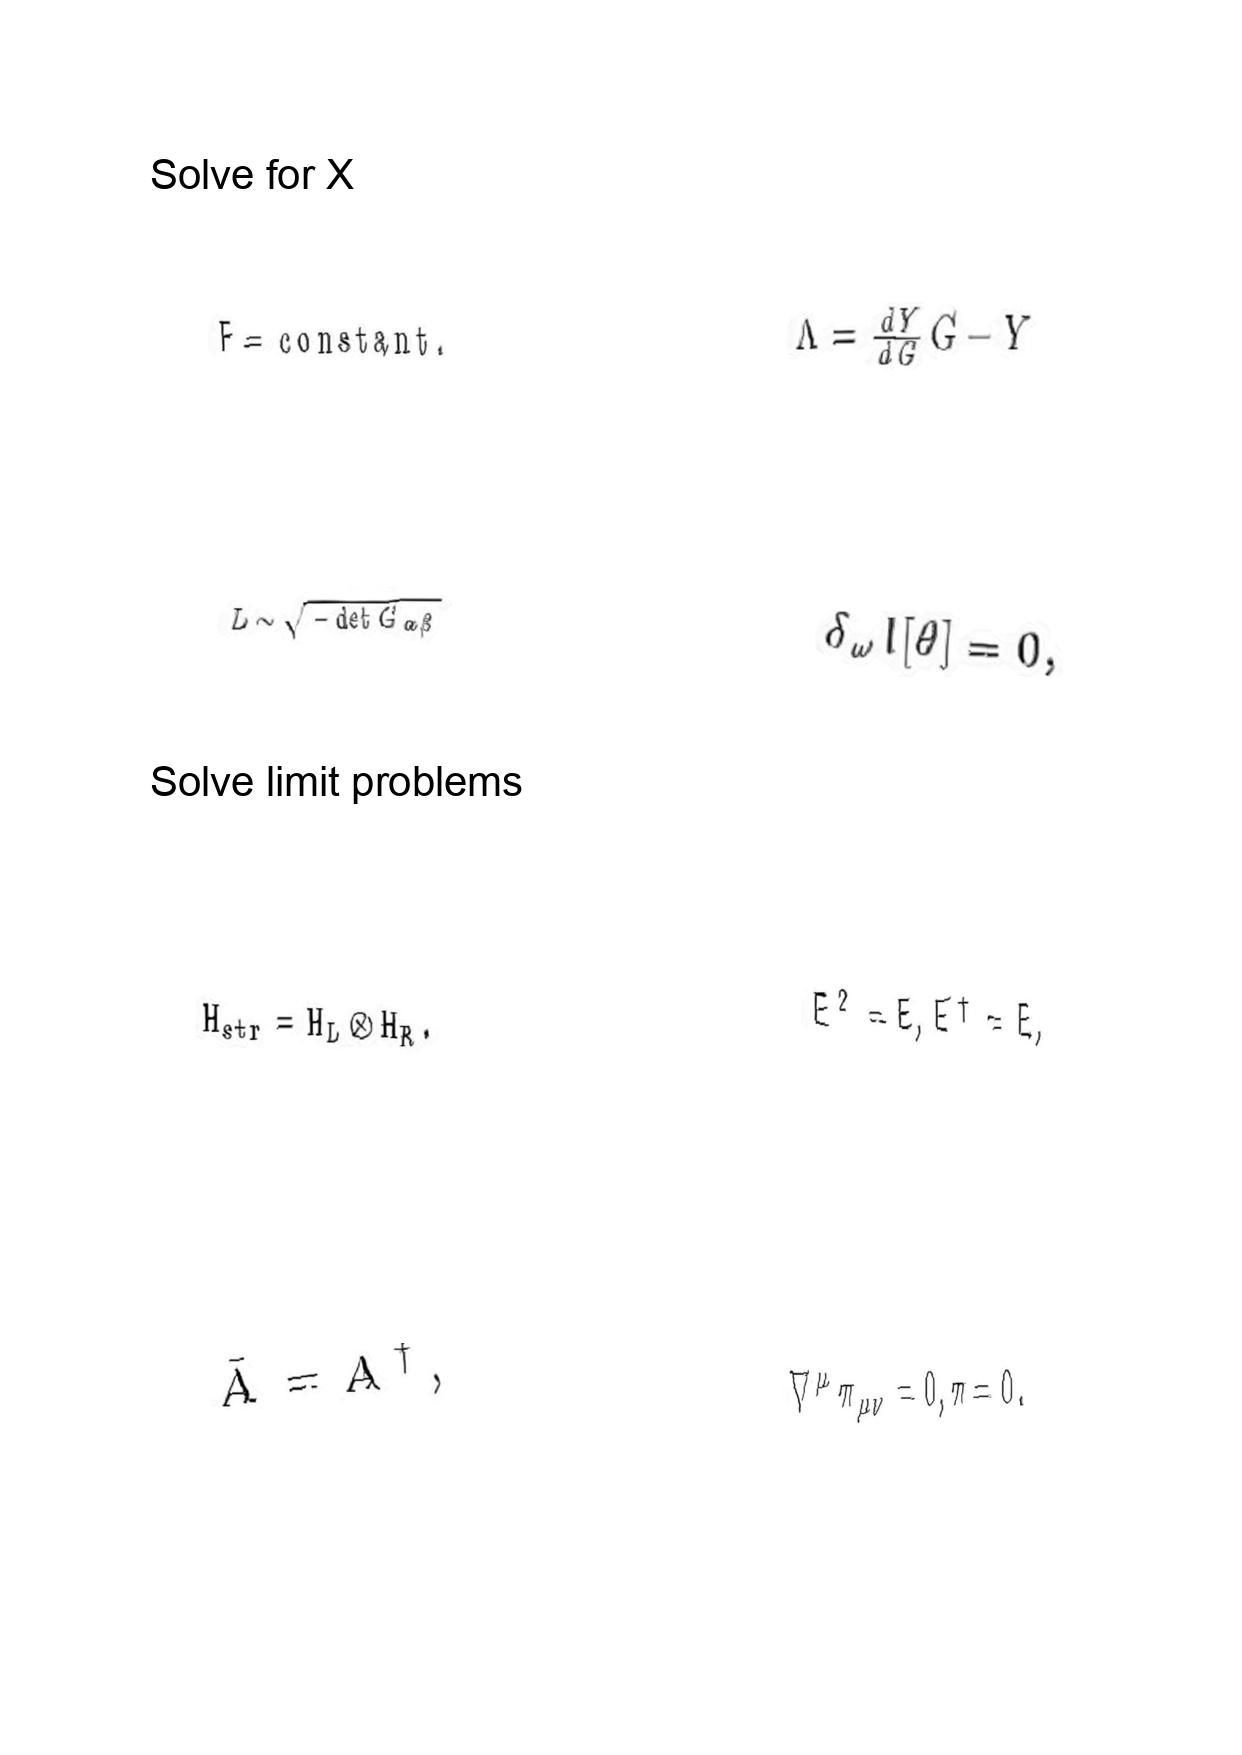
LaTeX transcription:
F = \mathrm { c o n s t a n t } .
L \sim \sqrt { - \det G _ { \alpha \beta } }
H _ { s t r } = H _ { L } \otimes H _ { R } .
\bar { A } = A ^ { \dagger } ,
\Lambda = \frac { d Y } { d G } G - Y
\delta _ { \omega } I \lbrack \theta \rbrack = 0 ,
E ^ { 2 } = E , E ^ { \dagger } = E ,
\nabla ^ { \mu } \pi _ { \mu \nu } = 0 , \pi = 0 .